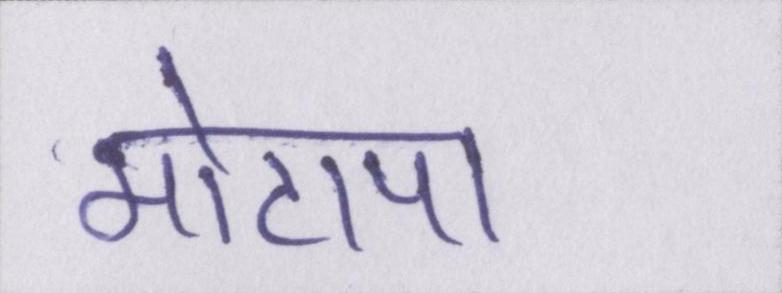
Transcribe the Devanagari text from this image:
मोटापा